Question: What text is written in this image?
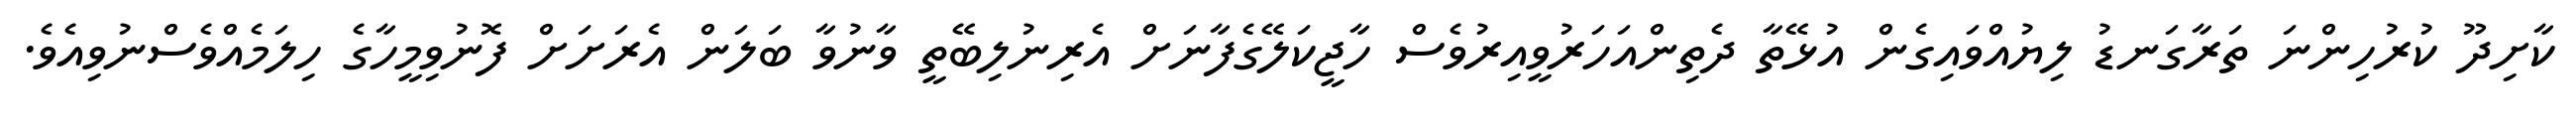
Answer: ކާށިދޫ ކުރުހިންނަ ތަރާގަނޑު ލިޔުއްވައިގެން އުޅޭތާ ދެތިންއަހަރުވީއިރުވެސް ހާޖީކަލޭގެފާނަށް އެރިނުލިބޭތީ ވާނުވާ ބަލަން އެރަށަށް ފޮނުވިމީހާގެ ހިލަމެއްވެސްނުވިއެވެ.